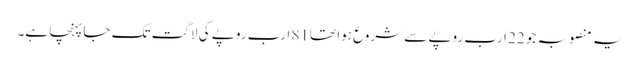
یہ منصوبہ جو 22 ارب روپے سے شروع ہوا تھا81 ارب روپے کی لاگت تک جا پہنچا ہے۔